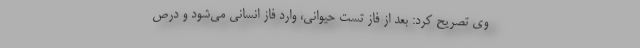
وی تصریح کرد: بعد از فاز تست حیوانی، وارد فاز انسانی می‌شود و درص